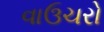
વાઉચરો